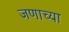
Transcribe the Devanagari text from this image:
जणाच्या